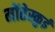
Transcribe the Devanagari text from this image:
मोंतेस्कुई